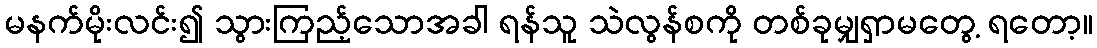
မနက်မိုးလင်း၍ သွားကြည့်သောအခါ ရန်သူ သဲလွန်စကို တစ်ခုမျှရှာမတွေ့ ရတော့။